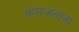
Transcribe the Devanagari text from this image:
आप्तजनांना